Account of plague administration in the Bombay Presidency from September 1896 till May 1897
Year: 1896
Disease focus: Plague
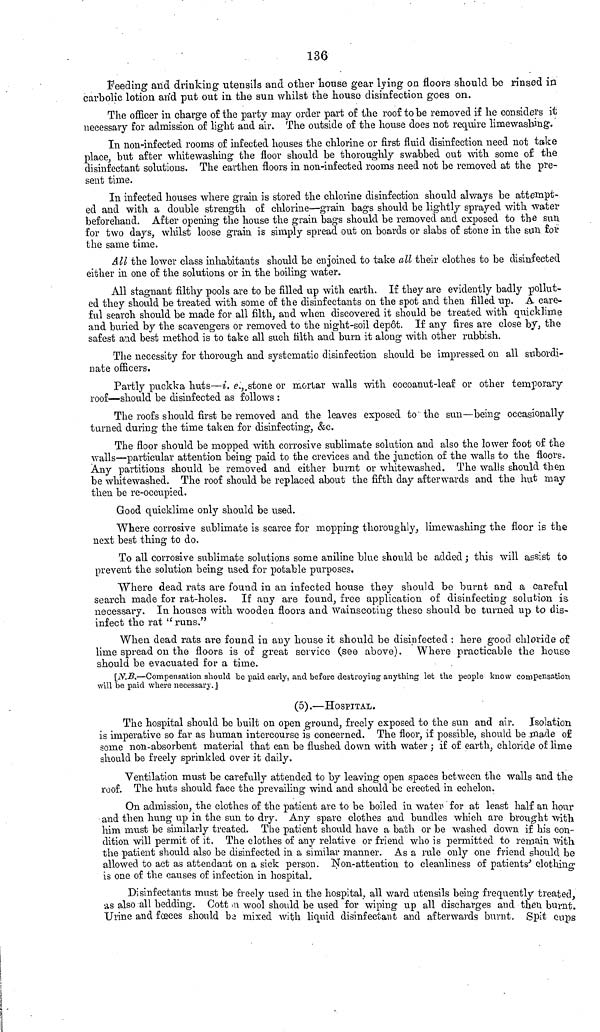
136
Feeding and drinking utensils and other house gear lying on floors should be rinsed in
carbolic lotion and put out in the sun whilst the house disinfection goes on.
The officer in charge of the party may order part of the roof to be removed if he considers it
necessary for admission of light and air. The outside of the house does not require limewashing.
In non-infected rooms of infected houses the chlorine or first fluid disinfection need not take
place, but after whitewashing the floor should be thoroughly swabbed out with some of the
disinfectant solutions. The earthen floors in non-infected rooms need not be removed at the pre-
sent time.
In infected houses where grain is stored the chlorine disinfection should always be attempt-
ed and with a double strength of chlorine—grain bags should be lightly sprayed with water
beforehand. After opening the house the grain bags should be removed and exposed to the sun
for two days, whilst loose grain is simply spread out on boards or slabs of stone in the sun for
the same time.
All the lower class inhabitants should be enjoined to take all their clothes to be disinfected
either in one of the solutions or in the boiling water.
All stagnant filthy pools are to be filled up with earth. If they are evidently badly pollut-
ed they should be treated with some of the disinfectants on the spot and then filled up. A care-
ful search should be made for all filth, and when discovered it should be treated with quicklime
and buried by the scavengers or removed to the night-soil depôt. If any fires are close by, the
safest and best method is to take all such filth and burn it along with other rubbish.
The necessity for thorough and systematic disinfection should be impressed on all subordi-
nate officers.
Partly puckka huts—i. e., stone or mortar walls with cocoanut-leaf or other temporary
roof—should be disinfected as follows:
The roofs should first be removed and the leaves exposed to the sun—being occasionally
turned during the time taken for disinfecting, &c.
The floor should be mopped with corrosive sublimate solution and also the lower foot of the
walls—particular attention being paid to the crevices and the junction of the walls to the floors.
Any partitions should be removed and either burnt or whitewashed. The walls should then
be whitewashed. The roof should be replaced about the fifth day afterwards and the hut may
then be re-occupied.
Good quicklime only should be used.
Where corrosive sublimate is scarce for mopping thoroughly, limewashing the floor is the
next best thing to do.
To all corrosive sublimate solutions some aniline blue should be added; this will assist to
prevent the solution being used for potable purposes.
Where dead rats are found in an infected house they should be burnt and a careful
search made for rat-holes. If any are found, free application of disinfecting solution is
necessary. In houses with wooden floors and wainscoting these should be turned up to dis-
infect the rat "runs."
When dead rats are found in any house it should be disinfected: here good chloride of
lime spread on the floors is of great service (see above). Where practicable the house
should be evacuated for a time.
[N.B.—Compensation should be paid early, and before destroying anything let the people know compensation
will be paid where necessary.]
(5).—HOSPITAL.
The hospital should be built on open ground, freely exposed to the sun and air. Isolation
is imperative so far as human intercourse is concerned. The floor, if possible, should be made of
some non-absorbent material that can be flushed down with water; if of earth, chloride of lime
should be freely sprinkled over it daily.
Ventilation must be carefully attended to by leaving open spaces between the walls and the
roof. The huts should face the prevailing wind and should be erected in echelon.
On admission, the clothes of the patient are to be boiled in water for at least half an hour
and then hung up in the sun to dry. Any spare clothes and bundles which are brought with
him must be similarly treated. The patient should have a bath or be washed down if his con-
dition will permit of it. The clothes of any relative or friend who is permitted to remain with
the patient should also be disinfected in a similar manner. As a rule only one friend should be
allowed to act as attendant on a sick person. Non-attention to cleanliness of patients' clothing
is one of the causes of infection in hospital.
Disinfectants must be freely used in the hospital, all ward utensils being frequently treated,
as also all bedding. Cotton wool should be used for wiping up all discharges and then burnt.
Urine and fœces should be mixed with liquid disinfectant and afterwards burnt. Spit cups